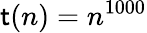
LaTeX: \mathsf{t}(n)=n^{1000}